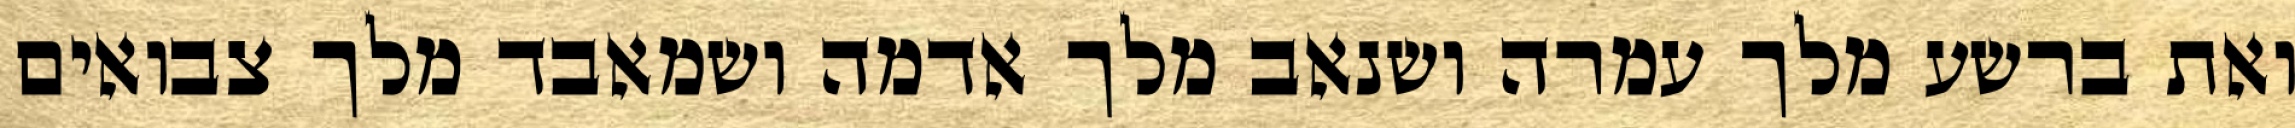
ואת ברשע מלך עמרה ושנאב מלך אדמה ושמאבד מלך צבואים